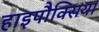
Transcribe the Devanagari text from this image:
हाइपौक्सिया